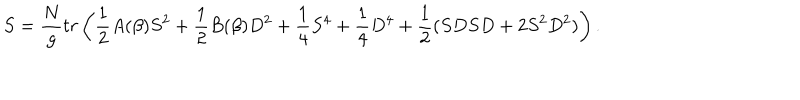
S = { \frac { N } { g } } t r \left( { \frac { 1 } { 2 } } A ( \beta ) S ^ { 2 } + { \frac { 1 } { 2 } } B ( \beta ) D ^ { 2 } + { \frac { 1 } { 4 } } S ^ { 4 } + { \frac { 1 } { 4 } } D ^ { 4 } + { \frac { 1 } { 2 } } ( S D S D + 2 S ^ { 2 } D ^ { 2 } ) \right) .